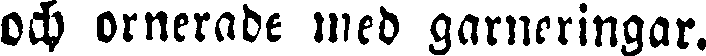
och ornerade med garneringar.